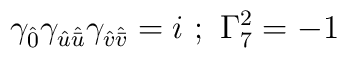
\gamma_{\hat 0} \gamma_{{\hat u} {\hat {\bar u}}}\gamma_{{\hat v} {\hat {\bar v}}} = i~;~\Gamma_7^2 = -1